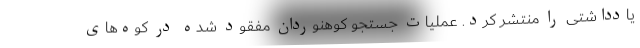
یادداشتی را منتشر کرد. عملیات جستجو کوهنوردان مفقود شده در کوه‌های